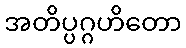
အတိပ္ပဂ္ဂဟိတော